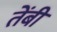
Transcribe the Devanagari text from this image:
तेंबी